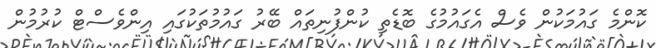
ކޮންމެ ގައުމަކުން ވެސް އެގައުމުގެ ބޮޑެތި ކުންފުނިތައް ބޭރު ގައުމުތަކުގައި އިންވެސްޓް ކުރުމުން